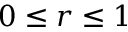
0 \leq r \leq 1